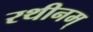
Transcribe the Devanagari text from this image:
रथीनम्